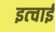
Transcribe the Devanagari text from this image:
इत्चाई